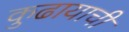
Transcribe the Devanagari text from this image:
कुढायाची